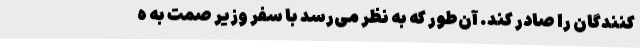
کنندگان را صادر کند. آن‌طور که به نظر می‌رسد با سفر وزیر صمت به ه